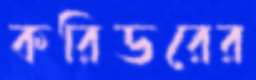
করিডরের